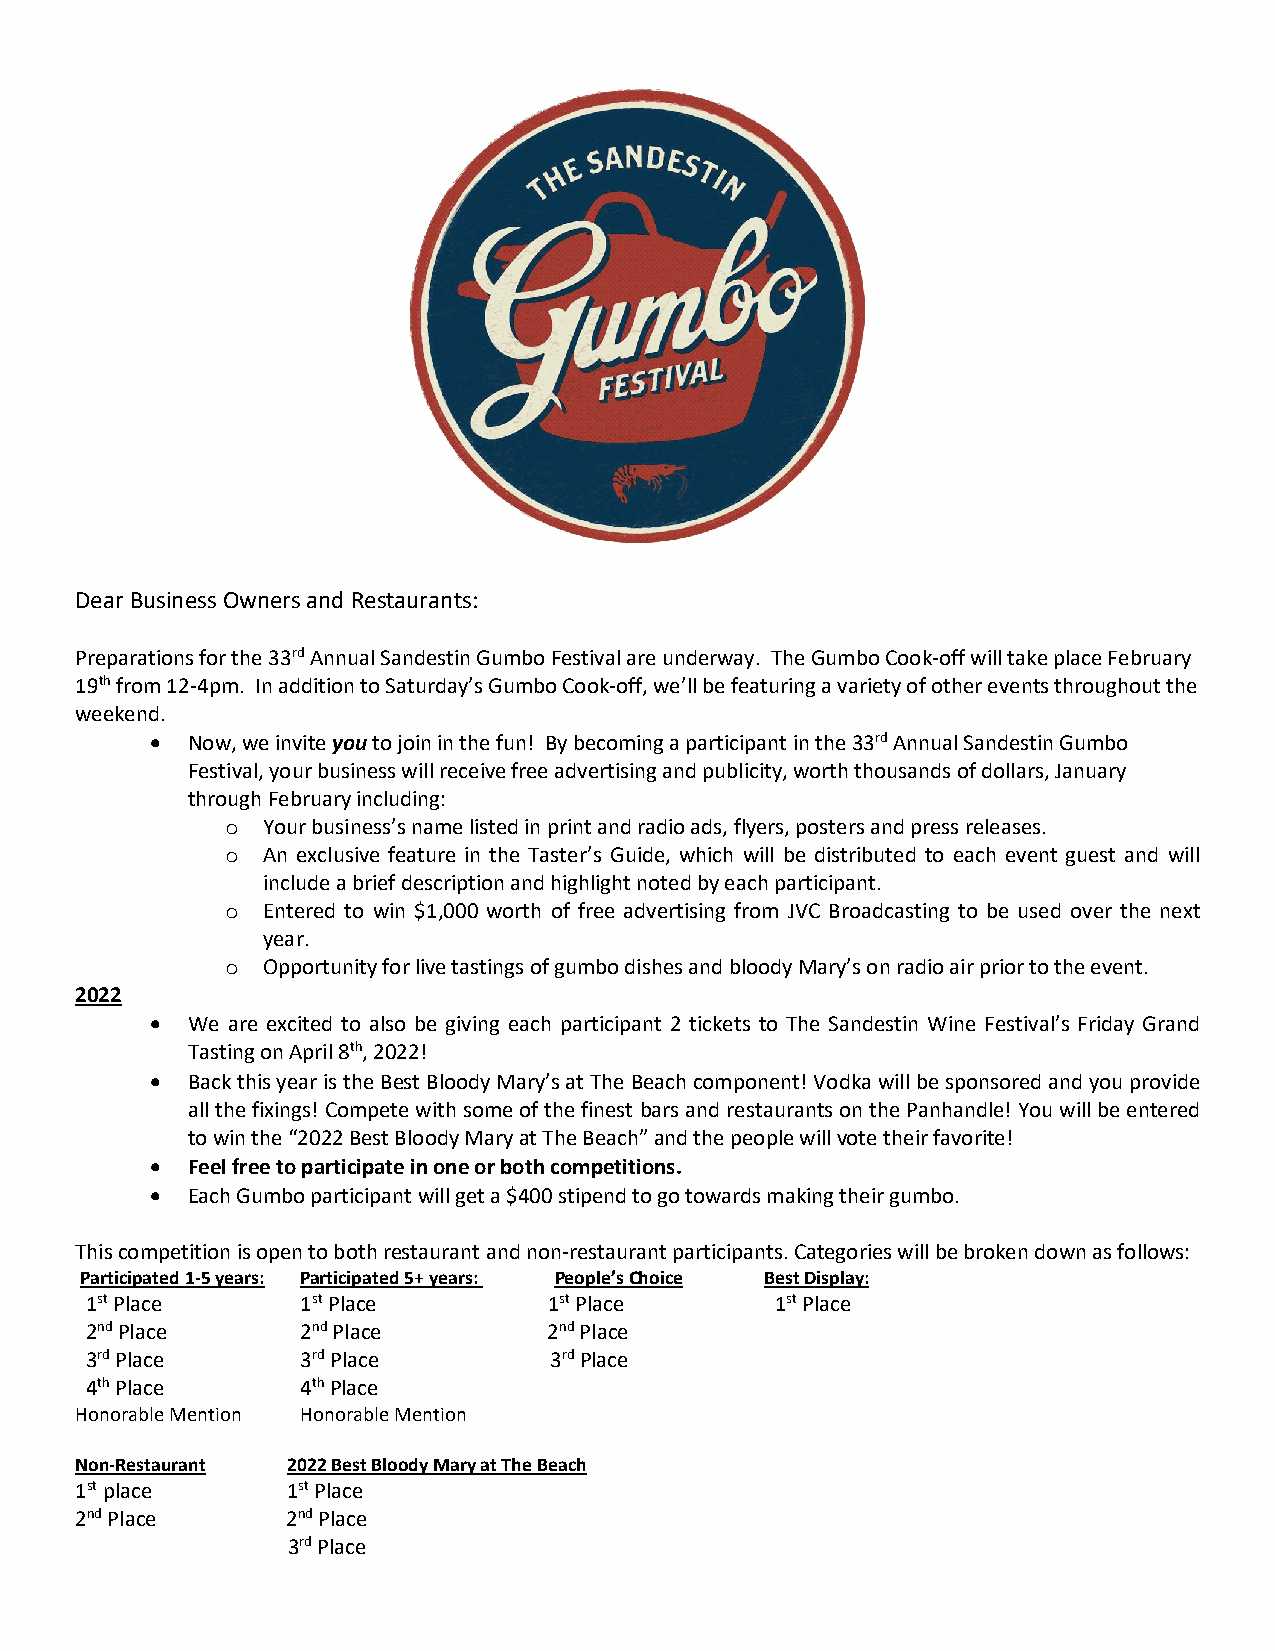
Dear Business Owners and Restaurants:
 Preparations for the 33rd Annual Sandestin Gumbo Festival are underway. The Gumbo Cook-off will take place February
 19th from 12-4pm. In addition to Saturday’s Gumbo Cook-off, we’ll be featuring a variety of other events throughout the
 weekend.
 • Now, we invite you to join in the fun! By becoming a participant in the 33rd Annual Sandestin Gumbo
 Festival, your business will receive free advertising and publicity, worth thousands of dollars, January
 through February including:
 o Your business’s name listed in print and radio ads, flyers, posters and press releases.
 o An exclusive feature in the Taster’s Guide, which will be distributed to each event guest and will
 include a brief description and highlight noted by each participant.
 o Entered to win $1,000 worth of free advertising from JVC Broadcasting to be used over the next
 year.
 o Opportunity for live tastings of gumbo dishes and bloody Mary’s on radio air prior to the event.
 2022
 • We are excited to also be giving each participant 2 tickets to The Sandestin Wine Festival’s Friday Grand
 Tasting on April 8th, 2022!
 • Back this year is the Best Bloody Mary’s at The Beach component! Vodka will be sponsored and you provide
 all the fixings! Compete with some of the finest bars and restaurants on the Panhandle! You will be entered
 to win the “2022 Best Bloody Mary at The Beach” and the people will vote their favorite!
 • Feel free to participate in one or both competitions.
 • Each Gumbo participant will get a $400 stipend to go towards making their gumbo.
 This competition is open to both restaurant and non-restaurant participants. Categories will be broken down as follows:
 Participated 1-5 years: Participated 5+ years: People’s Choice Best Display:
 1st Place     1st Place       1st Place      1st Place
 2nd Place     2nd Place       2nd Place
 3rd Place     3rd Place       3rd Place
 4th Place     4th Place
 Honorable Mention Honorable Mention
 Non-Restaurant 2022 Best Bloody Mary at The Beach
 1st place     1st Place
 2nd Place     2nd Place
 3rd Place